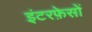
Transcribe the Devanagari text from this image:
इंटरफ़ेसों